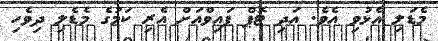
މެޑަލި އެޅުވި އެވެ. އަދި ޓޮޕް ފައިވްއަށް އެރި ކަމުގެ މެޑެލި ދިވެހި